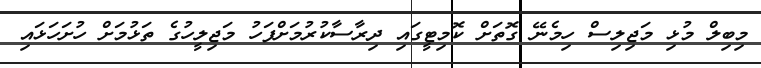
މިބިލް މުޅި މަޖިލިސް ހިމެނޭ ގޮތަށް ކޮމިޓީގައި ދިރާސާކުރުމަށްފަހު މަޖިލީހުގެ ތަޅުމަށް ހުށަހަޅައި